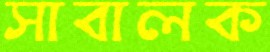
সাবালক